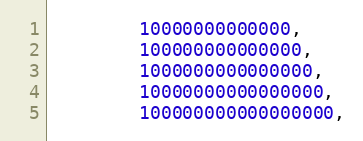
Language: C++
        10000000000000,
        100000000000000,
        1000000000000000,
        10000000000000000,
        100000000000000000,